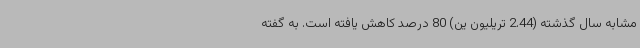
مشابه سال گذشته (2.44 تریلیون ین) 80 درصد کاهش یافته است. به گفته